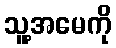
သူ့အမေကို